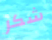
شكر